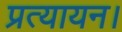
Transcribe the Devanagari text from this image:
प्रत्यायन।